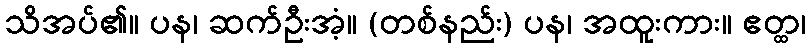
သိအပ်၏။ ပန၊ ဆက်ဦးအံ့။ (တစ်နည်း) ပန၊ အထူးကား။ ဧတ္ထ၊